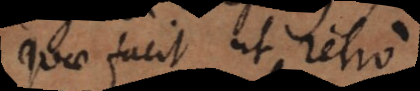
quae facit ut retro